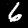
Digit: 6